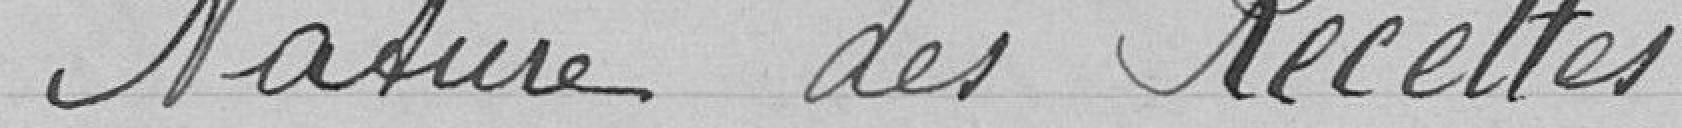
3° Section